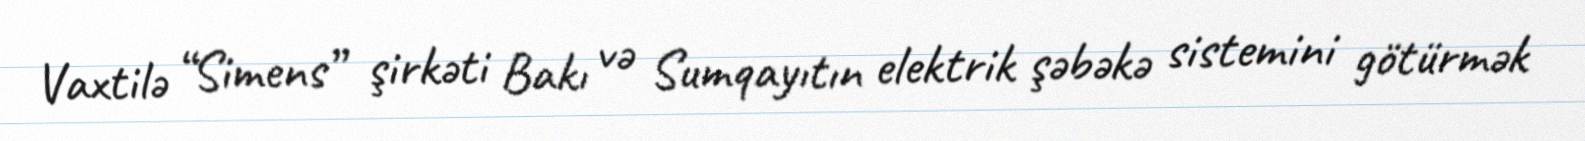
Vaxtilə “Simens” şirkəti Bakı və Sumqayıtın elektrik şəbəkə sistemini götürmək